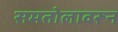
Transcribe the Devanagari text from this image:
समतोलावरून